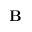
\textbf { B }